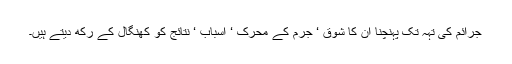
جرائم کی تہہ تک پہنچنا ان کا شوق ‘ جرم کے محرک ‘ اسباب ‘ نتائج کو کھنگال کے رکھ دیتے ہیں۔